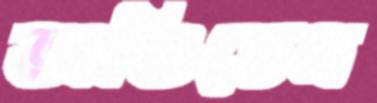
ভাঙিতেন